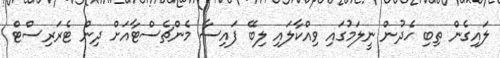
ލައިގެން ތިބި ހެދުން ނީލަމުގައި ވިއްކާލައި ލިބޭ ފައިސާ މެންޗެސްޓާއަށް ދިން ޓެރަރިސްޓް